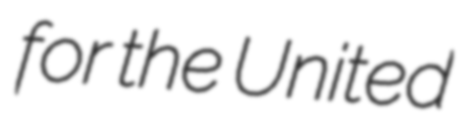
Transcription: for the United